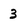
Character: 3